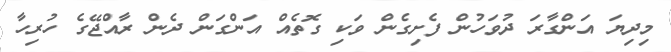
މިދިޔަ އަންގާރަ ދުވަހުން ފެށިގެން ވަކި ގޮތެއް އަންގަން ދެން ރާއްޖޭގެ ހުރިހާ